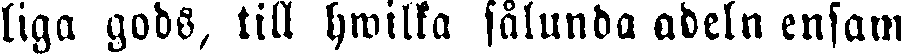
liga gods, till hwilka sålunda adeln ensam